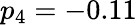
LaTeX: p_{4}=-0.11